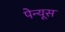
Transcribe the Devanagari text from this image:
पेन्यूस